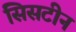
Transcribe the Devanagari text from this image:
सिसटीन